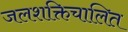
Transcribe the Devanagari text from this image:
जलशक्तिचालित